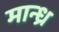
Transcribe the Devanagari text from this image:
मान्ध्र